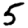
Digit: 5